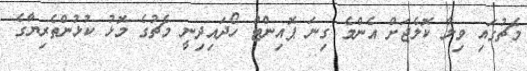
މެޗުގައި ވިލާ ކޮލެޖަށް އެންމެ ގިނަ ޕޮއިންޓް ހޯދައިދިނީ މެޗުގެ މޮޅު ކުޅުންތެރިޔާގެ